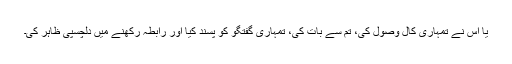
یا اس نے تمہاری کال وصول کی، تم سے بات کی، تمہاری گفتگو کو پسند کیا اور رابطہ رکھنے میں دلچسپی ظاہر کی۔